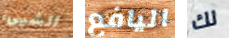
الشيىء اليافع لك